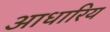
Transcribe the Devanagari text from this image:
आधारिय